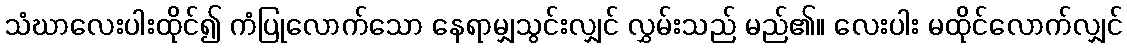
သံဃာလေးပါးထိုင်၍ ကံပြုလောက်သော နေရာမျှသွင်းလျှင် လွှမ်းသည် မည်၏။ လေးပါး မထိုင်လောက်လျှင်